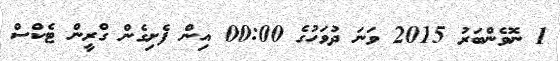
1 ނޮވެންބަރު 2015 ވަނަ ދުވަހުގެ 00:00 އިން ފެށިގެން ގްރީން ޓެކްސް